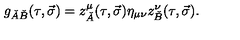
g _ { \check { A } \check { B } } ( \tau , \vec { \sigma } ) = z _ { \check { A } } ^ { \mu } ( \tau , \vec { \sigma } ) \eta _ { \mu \nu } z _ { \check { B } } ^ { \nu } ( \tau , \vec { \sigma } ) .